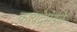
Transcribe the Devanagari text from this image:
कायदेमंडळे